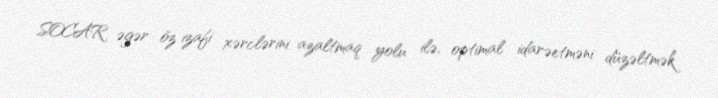
SOCAR əgər öz izafi xərclərini azaltmaq yolu ilə, optimal idarəetməni düzəltmək